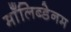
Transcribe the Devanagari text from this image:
माँलिब्डेनम